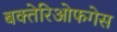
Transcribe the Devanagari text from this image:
बक्तेरिओफगेस